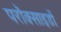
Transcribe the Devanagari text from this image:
परॉक्साइडों